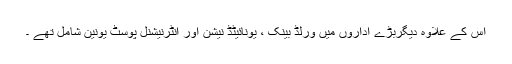
اس کے علاوہ دیگربڑے اداروں میں ورلڈ بینک ، یونائیٹڈ نیشن اور انٹرنیشنل پوسٹ یونین شامل تھے ۔